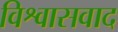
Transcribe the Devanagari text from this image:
विश्वासवाद